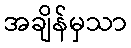
အချိန်မှသာ